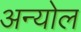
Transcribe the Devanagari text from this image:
अन्योल